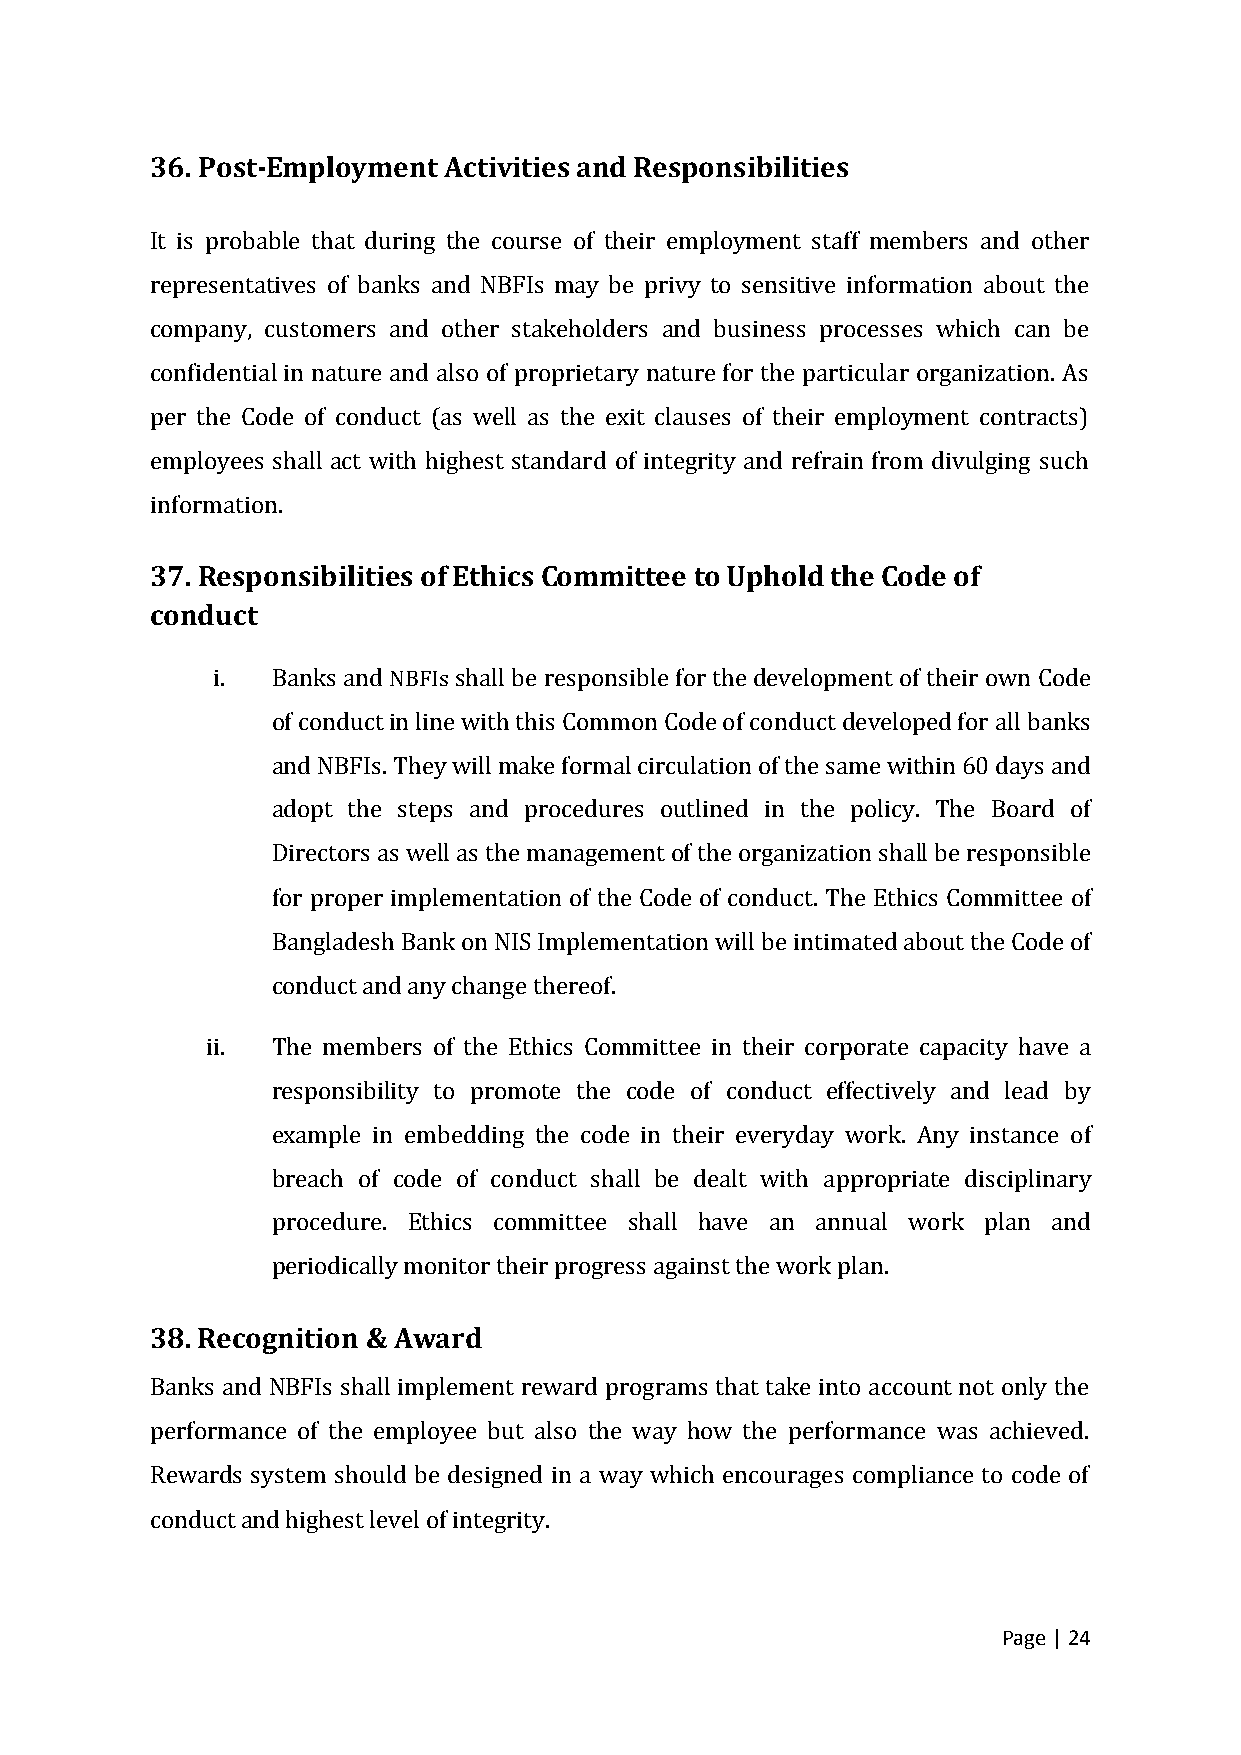
36. Post-Employment Activities and Responsibilities
 It is probable that during the course of their employment staff members and other
 representatives of banks and NBFIs may be privy to sensitive information about the
 company, customers and other stakeholders and business processes which can be
 confidential in nature and also of proprietary nature for the particular organization. As
 per the Code of conduct (as well as the exit clauses of their employment contracts)
 employees shall act with highest standard of integrity and refrain from divulging such
 information.
 37. Responsibilities of Ethics Committee to Uphold the Code of
 conduct
 i.  Banks and NBFIs shall be responsible for the development of their own Code
 of conduct in line with this Common Code of conduct developed for all banks
 and NBFIs. They will make formal circulation of the same within 60 days and
 adopt the steps and procedures outlined in the policy. The Board of
 Directors as well as the management of the organization shall be responsible
 for proper implementation of the Code of conduct. The Ethics Committee of
 Bangladesh Bank on NIS Implementation will be intimated about the Code of
 conduct and any change thereof.
 ii. The members of the Ethics Committee in their corporate capacity have a
 responsibility to promote the code of conduct effectively and lead by
 example in embedding the code in their everyday work. Any instance of
 breach of code of conduct shall be dealt with appropriate disciplinary
 procedure. Ethics committee shall have an annual work plan and
 periodically monitor their progress against the work plan.
 38. Recognition & Award
 Banks and NBFIs shall implement reward programs that take into account not only the
 performance of the employee but also the way how the performance was achieved.
 Rewards system should be designed in a way which encourages compliance to code of
 conduct and highest level of integrity.
 Page | 24